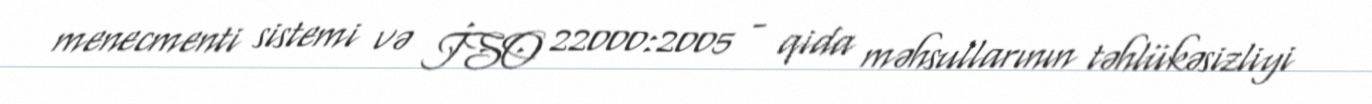
menecmenti sistemi və İSO 22000:2005 - qida məhsullarının təhlükəsizliyi